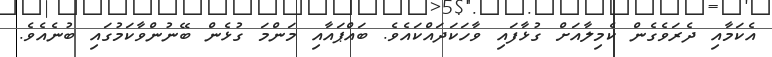
އެކަމާއި ދެރަވެގެން ކެމިލާއަށް ގުޅާފައި ވާހަކަދައްކައެވެ. ބައްޕައާއި މަންމަ ގުޅެން ބޭނުންވާކަމުގައި ބުނެއެވެ.